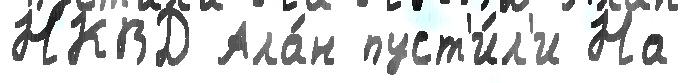
НКВД Ала́н пуст'и́л'и На